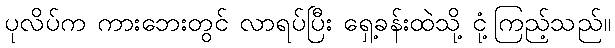
ပုလိပ်က ကားဘေးတွင် လာရပ်ပြီး ရှေ့ခန်းထဲသို့ ငုံ့ကြည့်သည်။